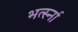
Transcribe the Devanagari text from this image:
भर्त्स्ना